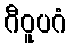
ဂီဝူပဂံ